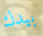
بيدك